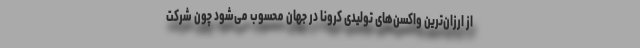
از ارزان‌ترین واکسن‌های تولیدی کرونا در جهان محسوب می‌شود چون شرکت